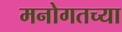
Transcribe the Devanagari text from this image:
मनोगतच्या